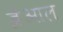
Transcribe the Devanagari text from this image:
ब्रेआल